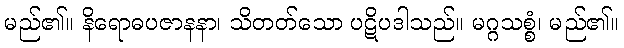
မည်၏။ နိရောဓပဇာနနာ၊ သိတတ်သော ပဋိပဒါသည်။ မဂ္ဂသစ္စံ၊ မည်၏။